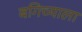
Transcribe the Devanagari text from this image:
बगिच्याला